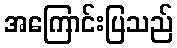
အကြောင်းပြသည်